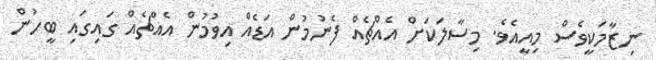
ނިޒާމަކީވެސް މިއީއެވެ. މިސާލަކަށް އެއްޗެއް ފެނުމުން އަޑެއް އިވުމުން އެއްޗެއް ގައިގައި ބީހުން